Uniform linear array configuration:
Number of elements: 24
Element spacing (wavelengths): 0.25
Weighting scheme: blackman
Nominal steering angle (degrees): -15
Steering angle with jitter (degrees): -13.835
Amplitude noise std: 0.05
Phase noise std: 0.05

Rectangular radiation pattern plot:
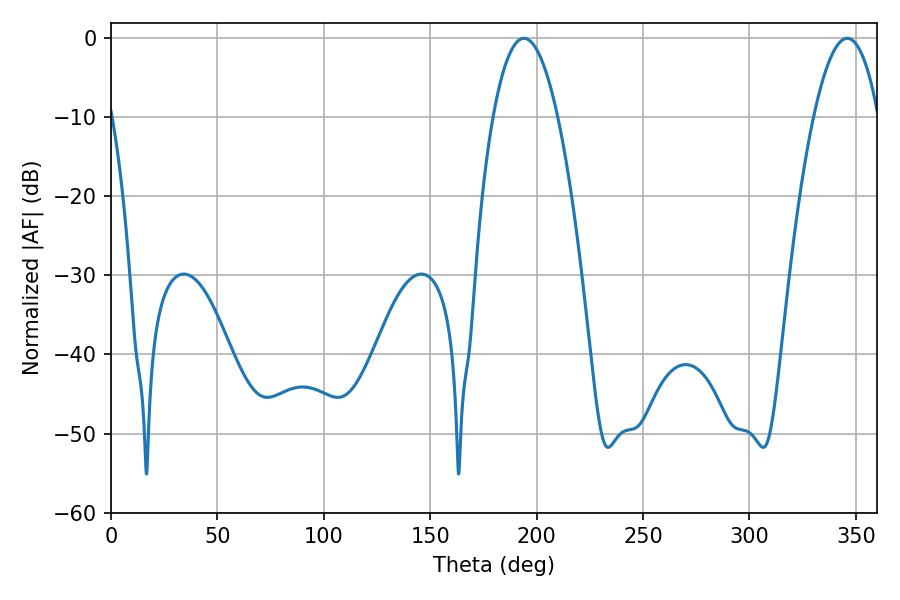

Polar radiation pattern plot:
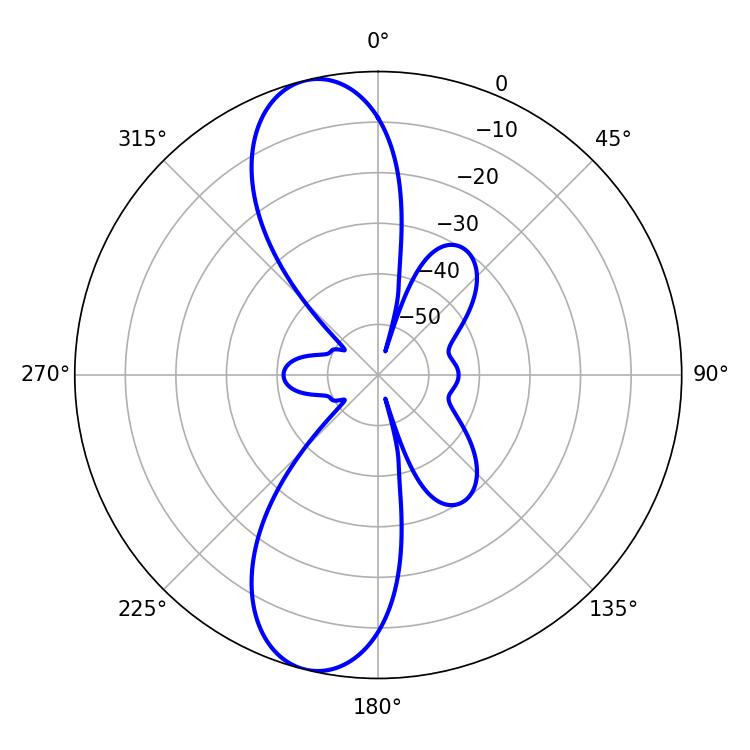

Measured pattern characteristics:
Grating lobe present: FALSE
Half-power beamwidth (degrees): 16.92
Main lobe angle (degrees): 194.04